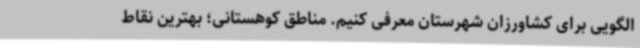
الگویی برای کشاورزان شهرستان معرفی کنیم. مناطق کوهستانی؛ بهترین نقاط